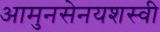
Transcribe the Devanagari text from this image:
आमुनसेनयशस्वी